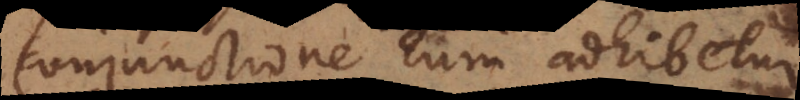
conjunctione cum adhibetur